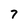
Character: 7